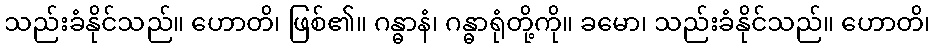
သည်းခံနိုင်သည်။ ဟောတိ၊ ဖြစ်၏။ ဂန္ဓာနံ၊ ဂန္ဓာရုံတို့ကို။ ခမော၊ သည်းခံနိုင်သည်။ ဟောတိ၊